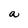
Character: a